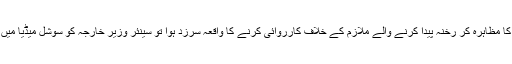
جب ایک خاتون کو پاسپورٹ دینے میں ناحق سو سو رخنات لگانے اور پھر وزیر کے ذریعہ انسانیت کا مظاہرہ کر رخنہ پیدا کرنے والے ملازم کے خلاف کارروائی کرنے کا واقعہ سرزد ہوا تو سینئر وزیر خارجہ کو سوشل میڈیا میں ٹرولنگ کے ذریعہ افسوسناک طریقے سے گالی گلوج کی جانے لگی، لیکن اس پر بھی وہی خاموشی؟